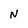
Character: N